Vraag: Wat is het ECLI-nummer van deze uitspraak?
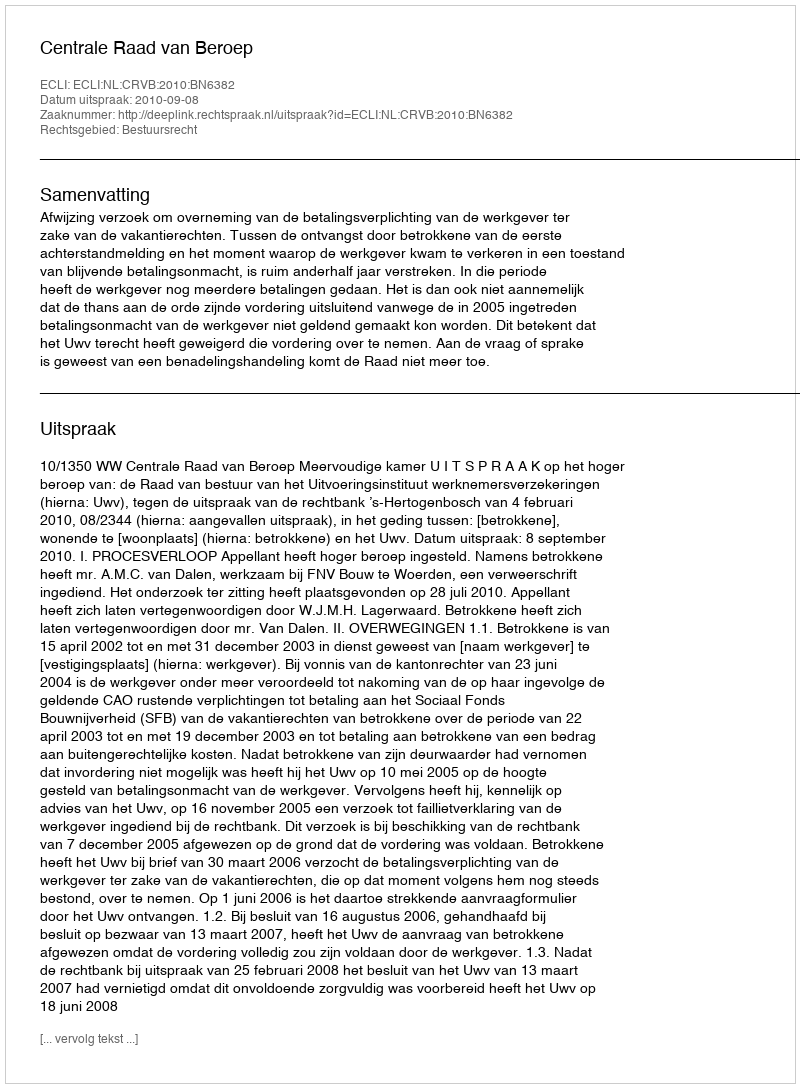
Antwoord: ECLI:NL:CRVB:2010:BN6382